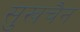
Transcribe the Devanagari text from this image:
सुखचैन